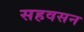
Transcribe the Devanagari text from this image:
सहवसन